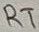
Text: RT